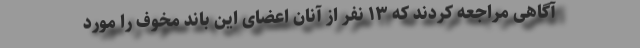
آگاهی مراجعه کردند که ۱۳ نفر از آنان اعضای این باند مخوف را مورد